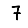
Digit: 7